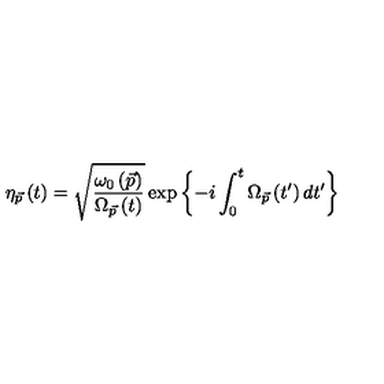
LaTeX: \eta _ { \vec { p } } \left( t \right) = \sqrt { \frac { \omega _ { 0 } \left( \vec { p } \right) } { \Omega _ { \vec { p } } \left( t \right) } } \exp \left\{ - i \int _ { 0 } ^ { t } \Omega _ { \vec { p } } \left( t ^ { \prime } \right) d t ^ { \prime } \right\}